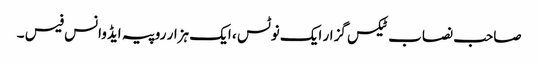
صاحب نصاب ٹیکس گزار ایک نوٹس ، ایک ہزار روپیہ ایڈوانس فیس ۔